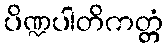
ပိဏ္ဍပါတိကတ္တံ